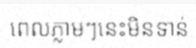
ពេលភ្លាមៗនេះមិនទាន់